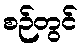
စဉ်တွင်